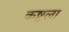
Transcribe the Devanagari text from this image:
कष्टला